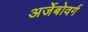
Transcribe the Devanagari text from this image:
अर्जेबोवर्ग